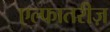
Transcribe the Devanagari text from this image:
एल्फातरीज़